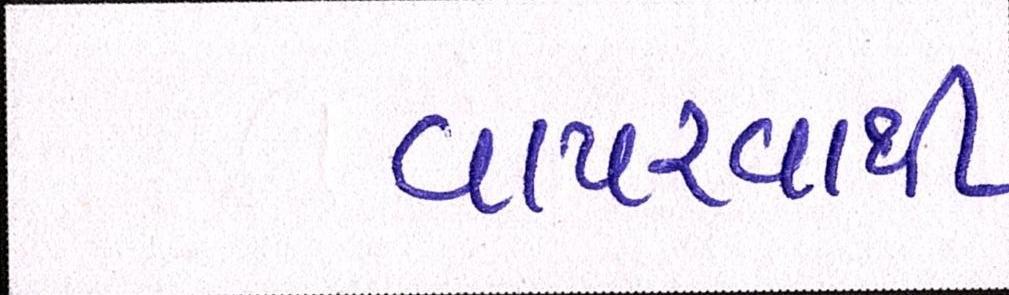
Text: વાપરવાથી